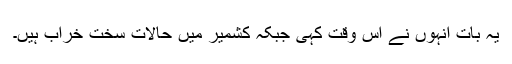
یہ بات انہوں نے اس وقت کہی جبکہ کشمیر میں حالات سخت خراب ہیں۔